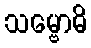
သမ္ဗောဓိ